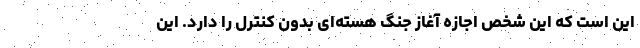
این است که این شخص اجازه آغاز جنگ هسته‌ای بدون کنترل را دارد. این‌